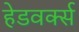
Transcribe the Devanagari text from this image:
हेडवर्क्स